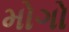
મોગો